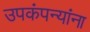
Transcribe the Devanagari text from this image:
उपकंपन्यांना